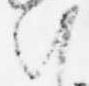
朝